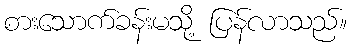
စားသောက်ခန်းမသို့ ပြန်လာသည်။